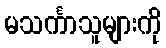
မသင်္ကာသူများကို